Report on vaccination in Madras 1904-1921 - 1904-1921
Year: 1904
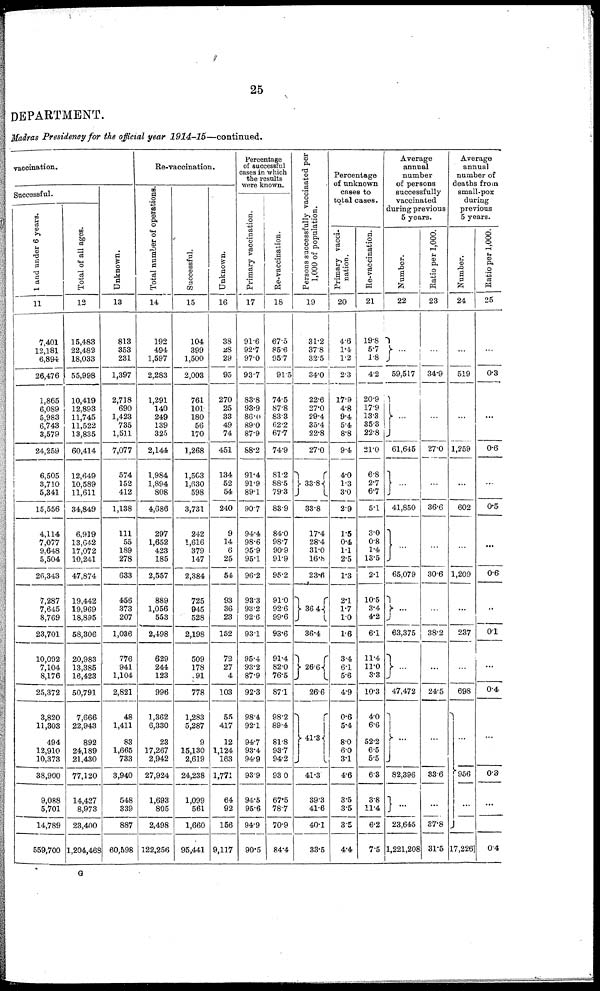
25
DEPARTMENT.
Madras Presidency for the official year 1914-15—continued.
vaccination.
Successful.
1 and under 6 years.
11
7,401
12,181
6,894
26,476
1,865
6,089
5,983
6,743
8,579
24,259
6,505
3,710
5,341
15,556
4,114
7,077
9,648
5,504
26,343
7,287
7,645
8,769
23,701
10,092
7,104
8,176
25,372
3,820
11,303
494
12,910
10,373
38,900
9,088
5,701
14,789
559,700
Total of all ages.
12
15,483
22,482
18,033
55,998
10,419
12,893
11,745
11,522
13,835
60,414
12,649
10,589
11,611
34,849
6,919
13,642
17,072
10,241
47,874
19,442
19,969
18,895
58,306
20,983
13,385
16,423
50,791
7,666
22,943
892
24,189
21,430
77,120
14,427
8,973
23,400
1,204,468
Unknown.
13
813
353
231
1,397
2,718
690
1,423
735
1,511
7,077
574
152
412
1,138
111
55
189
278
633
456
373
207
1,036
776
941
1,104
2,821
48
1,411
83
1,665
733
3,940
548
339
887
60,598
Re-vaccination.
Total number of operations
14
192
494
1,597
2,283
1,291
140
249
139
325
2,144
1,984
1,894
808
4,686
297
1,652
423
185
2,557
889
1,056
553
2,498
629
244
123
996
1,362
6,330
23
17,267
2,942
27,924
1,693
805
2,498
122,256
Successful.
15
104
399
1,500
2,003
761
101
180
56
170
1,268
1,503
1,630
598
3,731
242
1,616
379
147
2,384
725
945
528
2,198
509
178
91
778
1,283
5,287
9
15,130
2,619
24,238
1,099
561
1,660
95,441
Unknown.
16
38
28
29
95
270
25
33
49
74
451
134
52
54
240
9
14
6
25
54
93
36
23
152
72
27
4
103
55
417
12
1,124
163
1,771
64
92
156
9,117
Percentage
of successful
cases in which
the results
were known.
Primary vaccination.
17
91.6
92.7
97.0
93.7
83.8
93.9
86.0
89.0
87.9
88.2
91.4
91.9
89.1
90.7
94.4
98.6
95.9
95.1
96.2
93.3
93.2
92.6
93.1
95.4
93.2
87.9
92.3
98.4
92.1
94.7
93.4
94.9
93.9
94.5
95.6
94.9
90.5
Re-vaccination.
18
67.5
85.6
95.7
91.5
74.5
87.8
83.3
62.2
67.7
74.9
81.2
88.5
79.3
83.9
84.0
98.7
90.9
91.9
95.2
91.0
92.6
99.6
93.6
91.4
82.0
76.5
87.1
98.2
89.4
81.8
93.7
94.2
93.0
67.5
78.7
70.9
84.4
Persons successfully vaccinated per
1,000 of population.
19
31.2
37.8
32.5
34.0
22.6
27.0
29.4
35.4
22.8
27.0
33.8
33.8
17.4
28.4
31.0
16.8
23.6
36.4
36.4
26.6
26.6
41.3
41.3
39.3
41.6
40.1
33.5
Percentage
of unknown
cases to
total cases.
Primary vacci-
nation.
20
4.6
1.4
1.2
2.3
17.9
4.8
9.4
5.4
8.8
9.4
4.0
1.3
3.0
2.9
1.5
0.4
1.1
2.5
1.3
2.1
1.7
10
1.6
3.4
6.1
5.6
4.9
0.6
5.4
8.0
6.0
3.1
4.6
3.5
3.5
3.5
4.4
Re-vaccination.
21
19.8
5.7
1.8
4.2
20.9
17.9
13.3
35.3
22.8
21.0
6.8
2.7
6.7
5.1
3.0
0.8
1.4
13.5
2.1
10.5
3.4
4.2
6.1
11.4
11.0
3.3
10.3
4.0
6.6
52.2
6.5
5.5
6.3
3.8
11.4
6.2
7.5
Average
annual
number
of persons
successfully
vaccinated
during previous
5 years.
Number.
22
...
59,517
...
61,645
...
41,850
...
65,079
...
63,375
...
47,472
...
82,396
...
23,645
1,221,208
Ratio per 1,000.
23
...
34.9
...
27.0
...
36.6
...
30.6
...
38.2
...
24.5
...
33.6
...
37.8
31.5
Average
annual
number of
deaths from
small-pox
during
previous
5 years.
Number.
24
...
519
...
1,259
...
602
...
1,209
...
237
...
698
...
956
...
17,226
Ratio per 1,000.
25
...
0.3
...
0.6
...
0.5
...
0.6
...
0.1
...
0.4
...
0.3
...
0.4
G